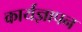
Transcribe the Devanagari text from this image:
कार्यज्ञापन